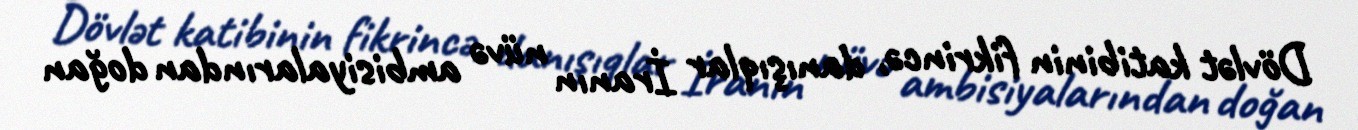
Dövlət katibinin fikrincə, danışıqlar İranın nüvə ambisiyalarından doğan